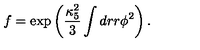
f = \exp \left( \frac { \kappa _ { 5 } ^ { 2 } } { 3 } \int d r r \phi ^ { 2 } \right) .